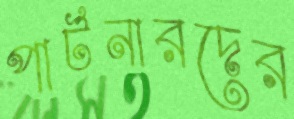
পার্টনারদের